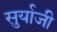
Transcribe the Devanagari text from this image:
सुर्याजी